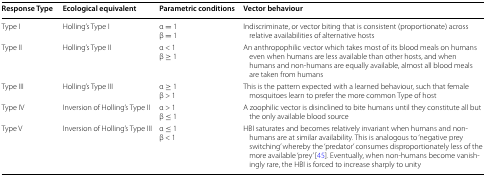
| Response Type | Ecological equivalent | Parametric conditions | Vector behaviour |
 | --- | --- | --- | --- |
 | Type I | Holling’s Type I | α = 1β = 1 | Indiscriminate, or vector biting that is consistent (proportionate) across relative availabilities of alternative hosts |
 | Type II | Holling’s Type II | α < 1β ≥ 1 | An anthropophilic vector which takes most of its blood meals on humans even when humans are less available than other hosts, and when humans and non-humans are equally available, almost all blood meals are taken from humans |
 | Type III | Holling’s Type III | α ≥ 1β > 1 | This is the pattern expected with a learned behaviour, such that female mosquitoes learn to prefer the more common Type of host |
 | Type IV | Inversion of Holling’s Type II | α > 1β ≤ 1 | A zoophilic vector is disinclined to bite humans until they constitute all but the only available blood source |
 | Type V | Inversion of Holling’s Type III | α ≤ 1β < 1 | HBI saturates and becomes relatively invariant when humans and non-humans are at similar availability. This is analogous to ‘negative prey switching’ whereby the ‘predator’ consumes disproportionately less of the more available ‘prey’ [45]. Eventually, when non-humans become vanishingly rare, the HBI is forced to increase sharply to unity |